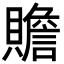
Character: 贍